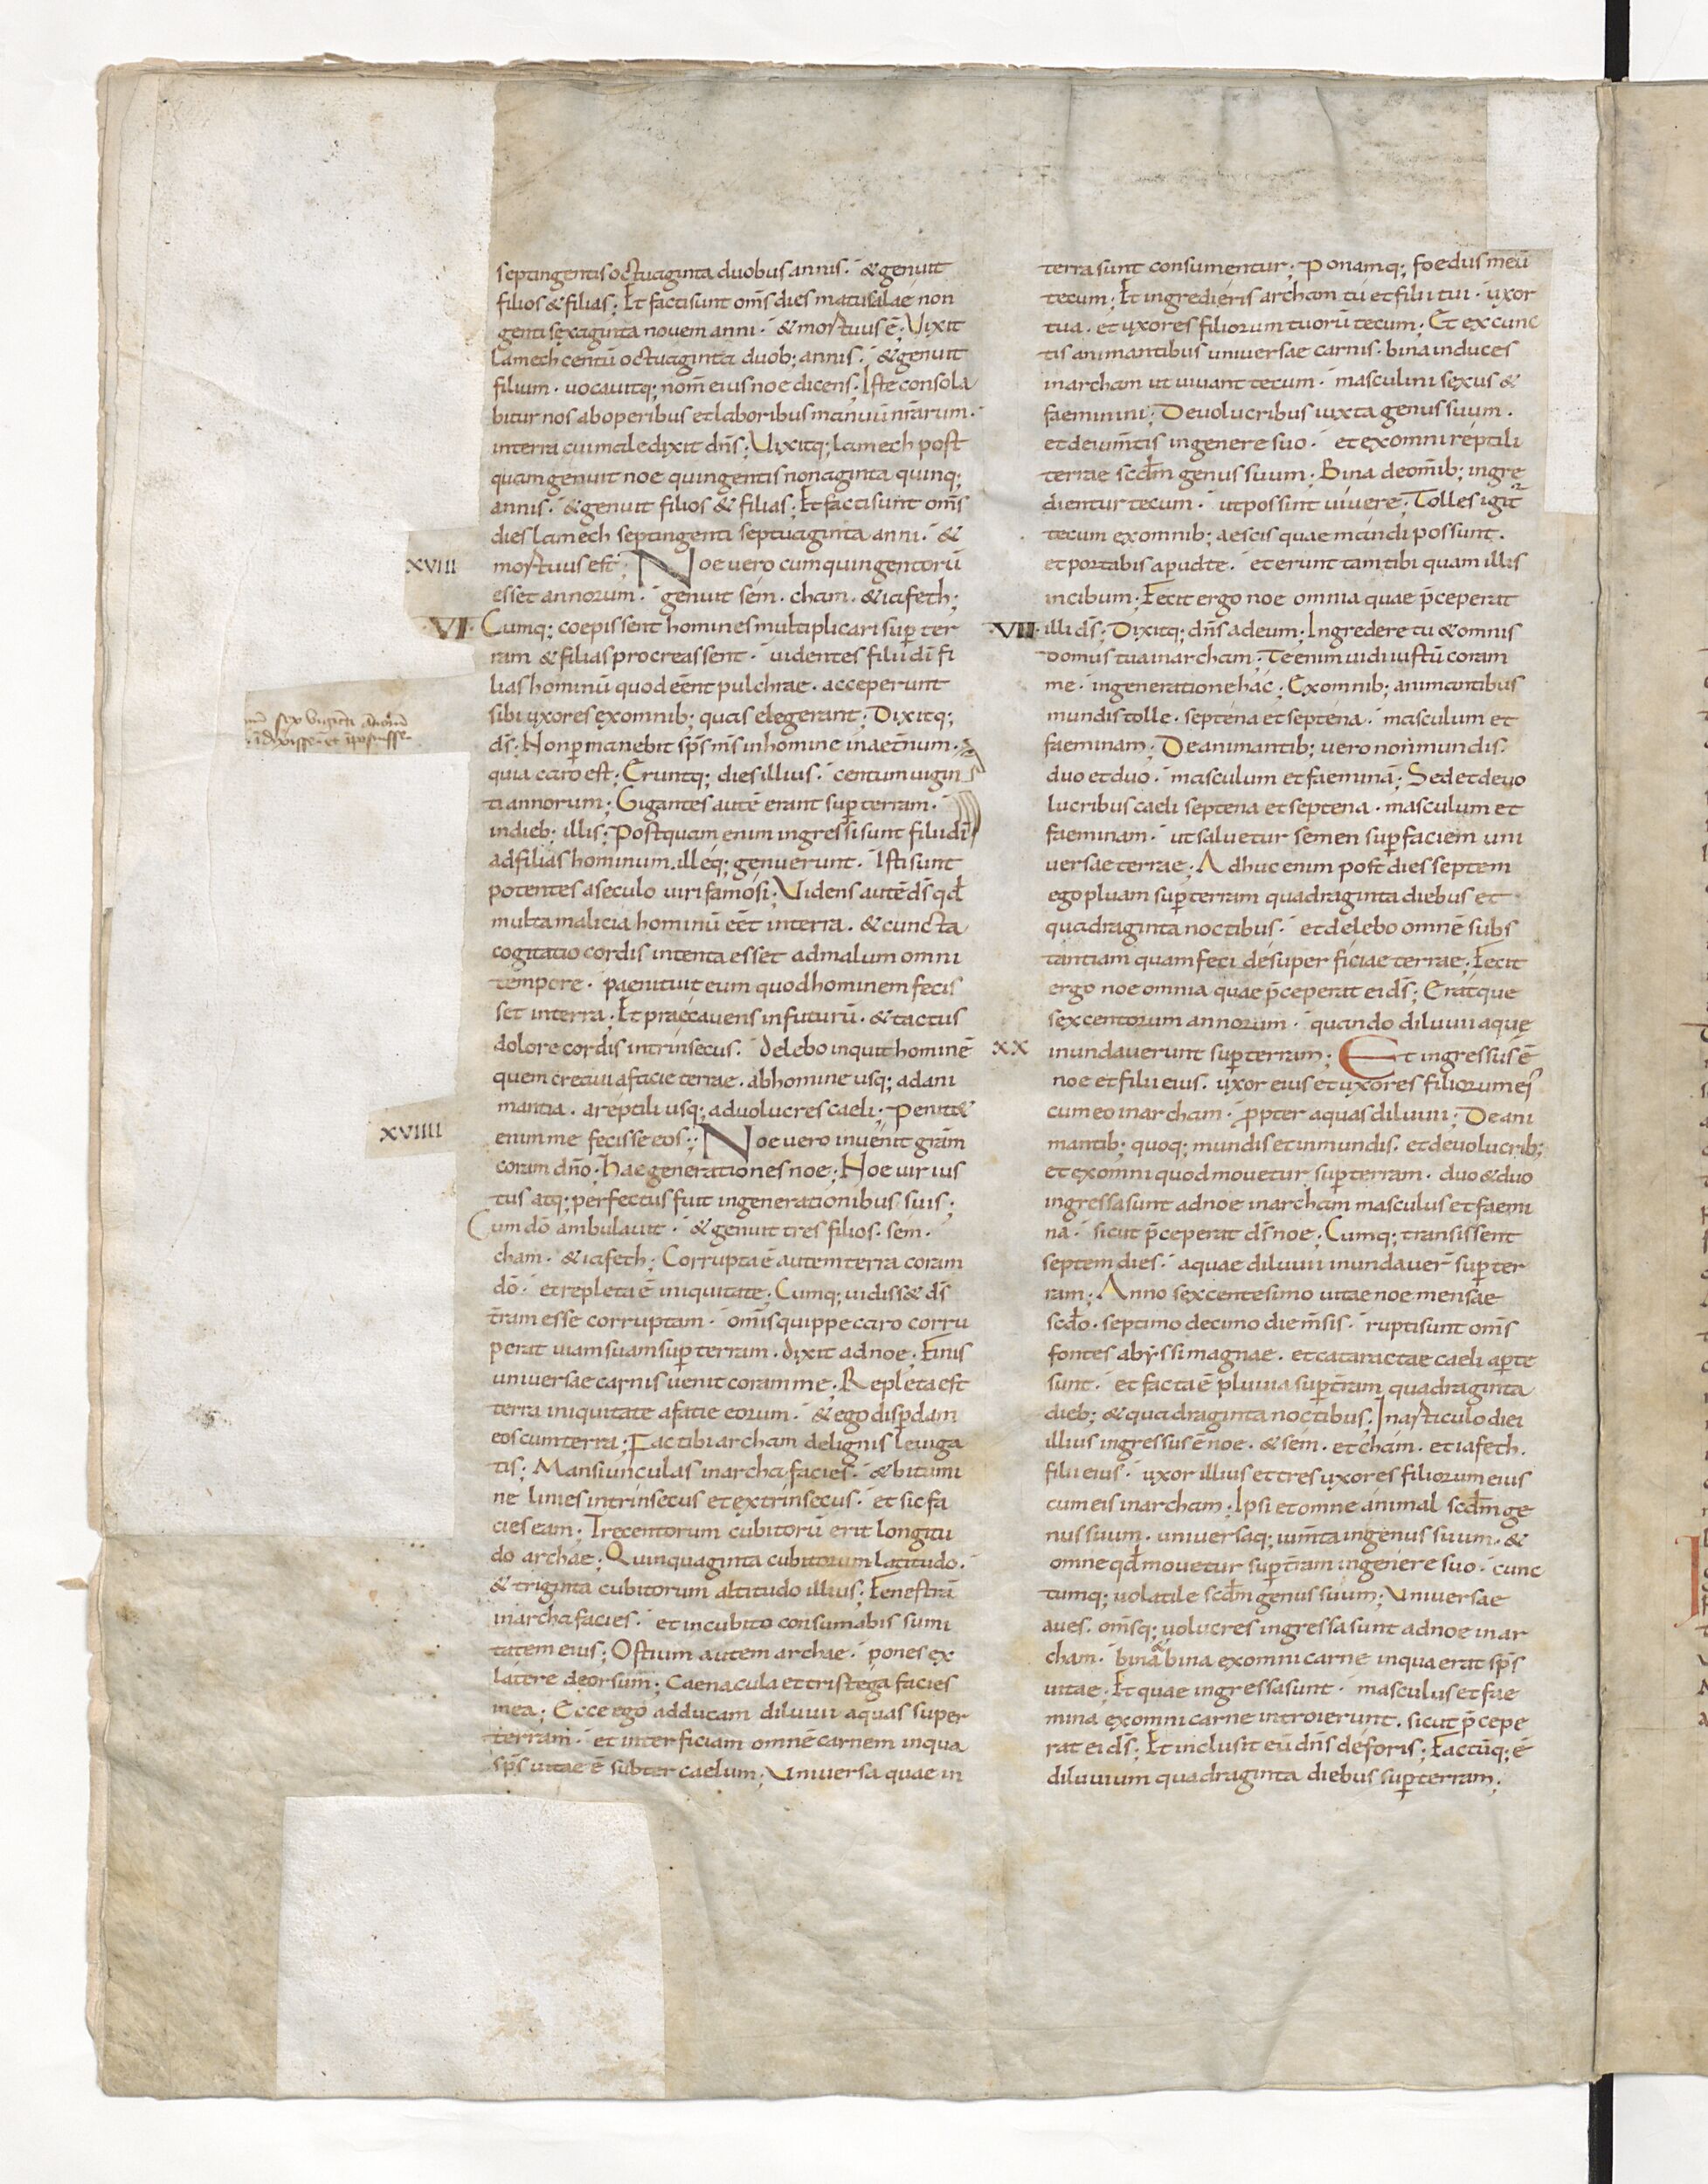
Shelfmark: Paris, BnF, lat. 15176
Century: 11